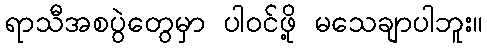
ရာသီအစပွဲတွေမှာ ပါဝင်ဖို့ မသေချာပါဘူး။